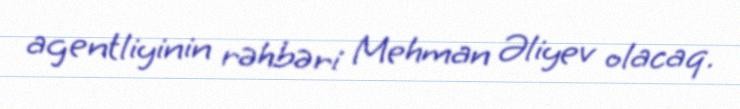
agentliyinin rəhbəri Mehman Əliyev olacaq.